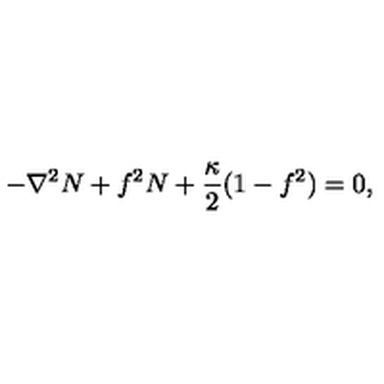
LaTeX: - \nabla ^ { 2 } N + f ^ { 2 } N + \frac { \kappa } { 2 } ( 1 - f ^ { 2 } ) = 0 ,